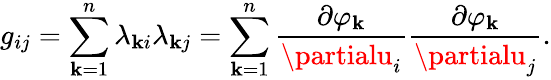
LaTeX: g_{ij}=\sum_{\mathbf{k}=1}^{n}\lambda_{\mathbf{k}i}\lambda_{\mathbf{k}j}=\sum_{\mathbf{k}=1}^{n}{\frac{{\partial\varphi_{\mathbf{k}}}}{{\partialu_{i}}}}{\frac{{\partial\varphi_{\mathbf{k}}}}{{\partialu_{j}}}}.